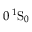
0 \, { } ^ { 1 } \mathrm { S } _ { 0 }